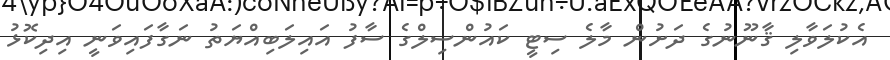
އެކުލަވާލި ޤާނޫނުގެ ދަށުން މާލެ ސިޓީ ކައުންސިލްގެ ސާފު އައިލަބިއްޔަތު ނަގާފައިވަނީ އިދިކޮޅު